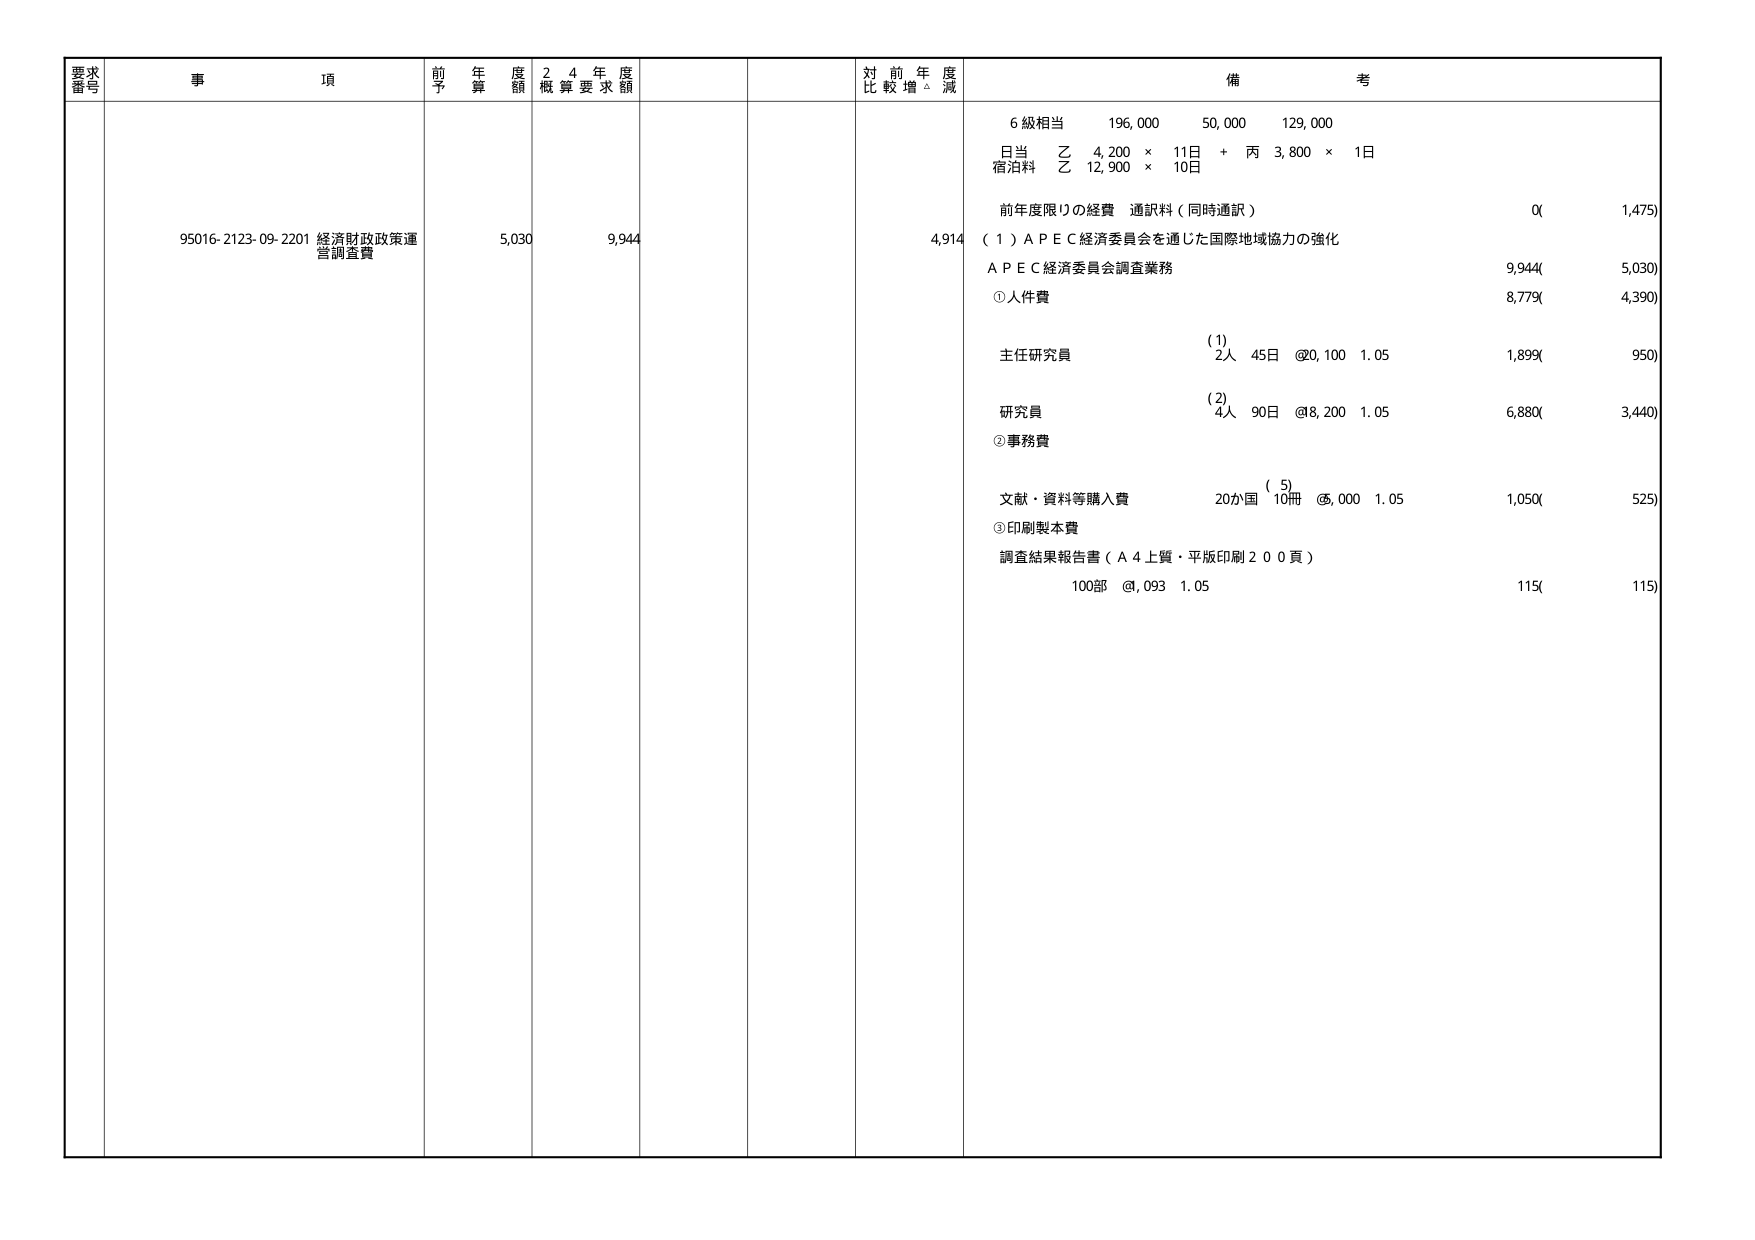
要求番号 事項 前年度予算額 24年度概算要求額 対前年度比較増減 備考
95016-2123-09-2201 経済財政政策運営調査費 5,030 9,944 4,914
6級相当 196,000 50,000 129,000
日当 乙 4,200 × 11日 + 丙 3,800 × 1日
宿泊料 乙 12,900 × 10日
前年度限りの経費 通訳料（同時通訳） 0( 1,475)
（1）ＡＰＥＣ経済委員会を通じた国際地域協力の強化
ＡＰＥＣ経済委員会調査業務 9,944( 5,030)
①人件費 8,779( 4,390)
(1)
主任研究員 2人 45日 @20,100 1.05 1,899( 950)
(2)
研究員 4人 90日 @8,200 1.05 6,880( 3,440)
②事務費
(5)
文献・資料等購入費 20か国 10冊 @5,000 1.05 1,050( 525)
③印刷製本費
調査結果報告書（Ａ４上質・平版印刷２００頁）
100部 @,093 1.05 115( 115)